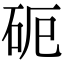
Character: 𥑉